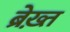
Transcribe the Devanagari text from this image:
ब्रेख़्त